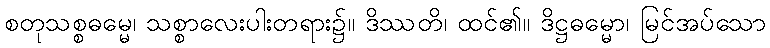
စတုသစ္စဓမ္မေ၊ သစ္စာလေးပါးတရား၌။ ဒိဿတိ၊ ထင်၏။ ဒိဋ္ဌဓမ္မော၊ မြင်အပ်သော